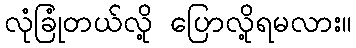
လုံခြုံတယ်လို့ ပြောလို့ရမလား။